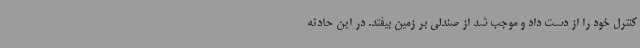
کنترل خود را از دست داد و موجب شد از صندلی بر زمین بیفتد. در این حادثه